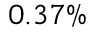
0 . 3 7 \%